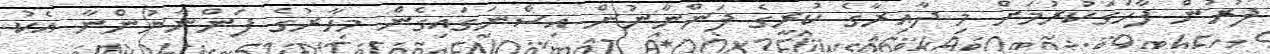
ފުރުން ފާހަގަކުރުމަށް މި ދާއިރާގެ ކުރީގެ ފަންނާނުން އިސްނަގައިގެން މިހާރުގެ ފަންނާނުންނާ އެކު